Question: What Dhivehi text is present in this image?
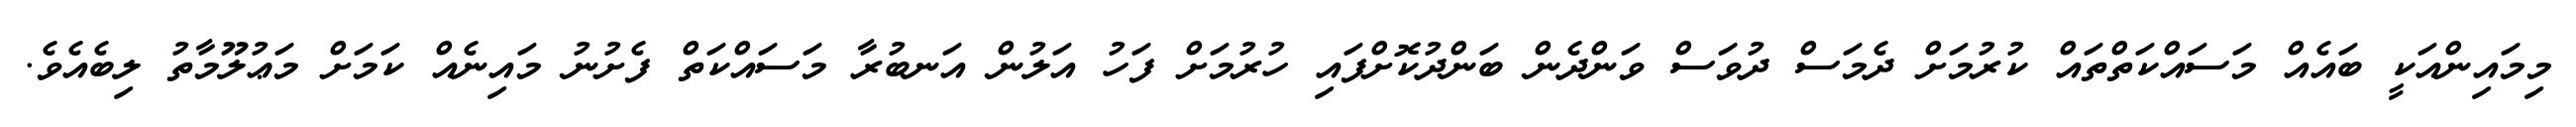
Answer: މިމައިންއަކީ ބައެއް މަސައްކަތްތައް ކުރުމަށް ދެމަސް ދުވަސް ވަންދެން ބަންދުކޮށްފައި ހުރުމަށް ފަހު އަލުން އަނބުރާ މަސައްކަތް ފެށުނު މައިނެއް ކަމަށް މަޢުލޫމާތު ލިބެއެވެ.